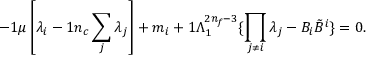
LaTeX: - { 1 \o \mu } \left[ \lambda _ { i } - { 1 \o n _ { c } } \sum _ { j } \lambda _ { j } \right] + m _ { i } + { 1 \o \Lambda _ { 1 } ^ { 2 n _ { f } - 3 } } \{ \prod _ { j \ne i } \lambda _ { j } - B _ { i } { \tilde { B } } ^ { i } \} = 0 .